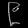
Digit: ၉